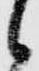
候